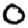
Digit: 0